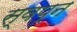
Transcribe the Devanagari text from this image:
स्वप्‍न